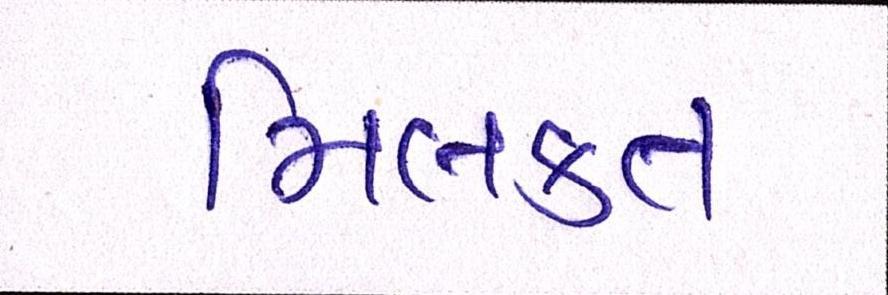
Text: મિલકત